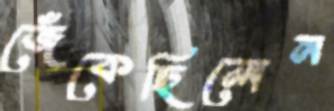
জেঁকেছিলেন